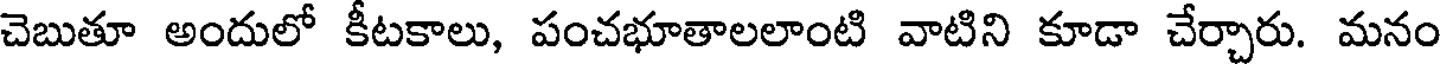
చెబుతూ అందులో కీటకాలు, పంచభూతాలలాంటి వాటిని కూడా చేర్చారు. మనం